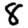
Digit: 8